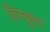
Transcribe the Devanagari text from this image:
विस्कुट